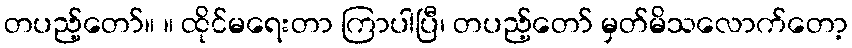
တပည့်တော်။ ။ ထိုင်မရေးတာ ကြာပါပြီ၊ တပည့်တော် မှတ်မိသလောက်တော့